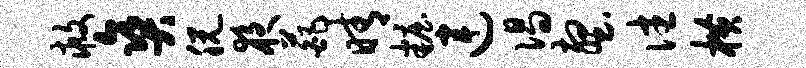
救爽脱夜葩晴妆连偈壑往横